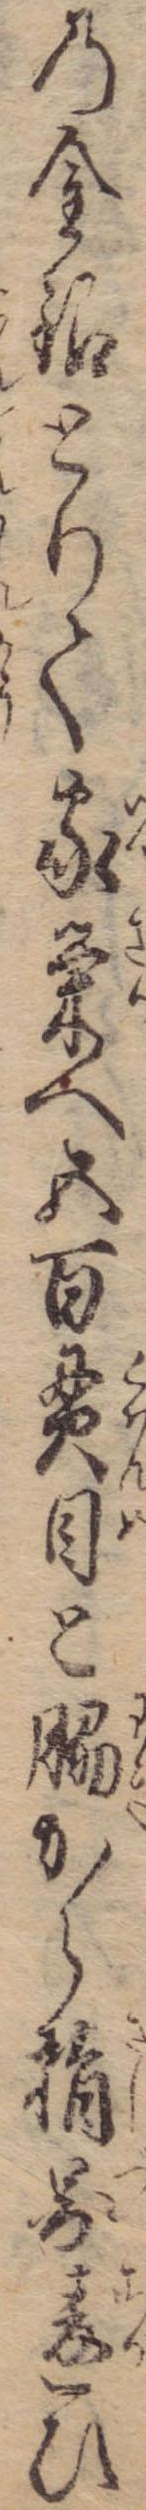
の金銀とりて家栄へ五百貫目と脇から指図違ひ